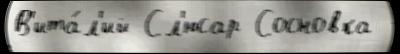
В'ита́л'ий Сл'юсар Сосновка